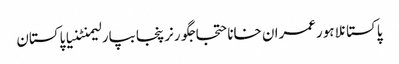
پاکستانلاہورعمران خاناحتجاجگورنرپنجابپارلیمنٹنیا پاکستان